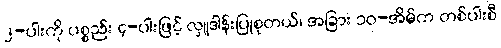
၂-ပါးကို ပစ္စည်း ၄-ပါးဖြင့် လှူဒါန်းပြုစုတယ်၊ အခြား ၁၀-အိမ်က တစ်ပါးစီ